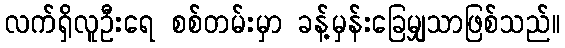
လက်ရှိလူဦးရေ စစ်တမ်းမှာ ခန့်မှန်းခြေမျှသာဖြစ်သည်။